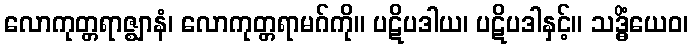
လောကုတ္တရာဇ္ဈာနံ၊ လောကုတ္တရာမဂ်ကို။ ပဋိပဒါယ၊ ပဋိပဒါနှင့်။ သဒ္ဓိံယေဝ၊